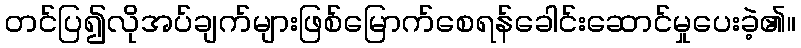
တင်ပြ၍လိုအပ်ချက်များဖြစ်မြောက်စေရန်ခေါင်းဆောင်မှုပေးခဲ့၏။